Annual statistical returns and brief notes on vaccination in Bengal - 1909-1929
Year: 1909
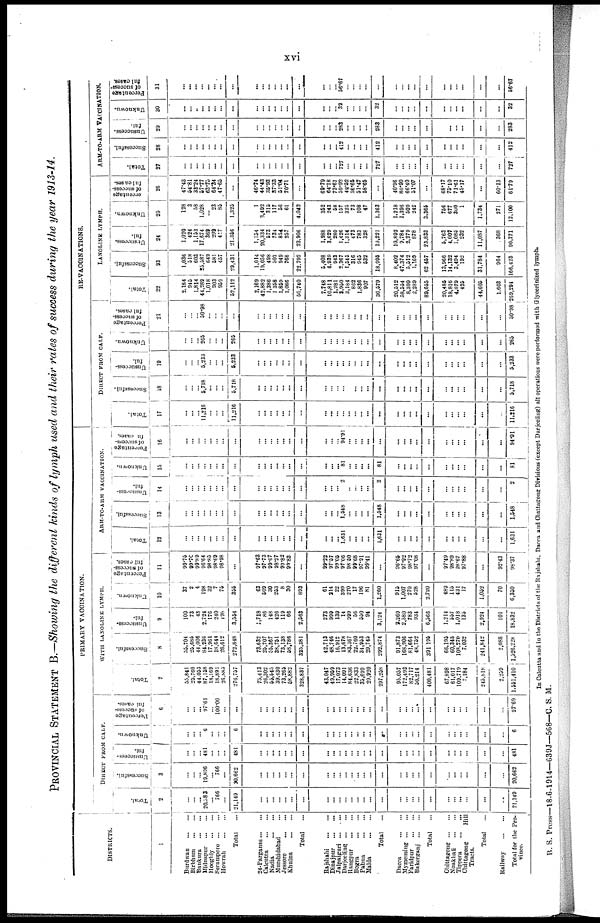
xvi
PROVINCIAL STATEMENT B.—Showing the different kinds of lymph used and their rates of success during the year 1913-14.
DISTRICTS.
1
Burdwan
...
...
Birbhum
...
...
Bankura
...
...
Midnapur
...
...
Hooghly
...
...
Serampore
...
...
Howrah
...
...
Total ...
24-Parganas ... ...
Calcutta
...
...
Nadin
...
...
Murshidabad ...
Jessore
...
...
Khulna
...
...
Total ...
Rajshahi
...
...
Dinajpur ... ...
Jalpaiguri
...
...
Darjeeling
...
...
Rangpur
...
...
Bogra
...
...
Pabna
...
...
Malda
...
...
Total ...
Dacca
...
...
Mymensing ... ...
Faridpur
...
...
Bakerganj
...
...
Total ...
Chittagong
...
...
Noakhali
...
...
Tippera
...
...
Chittagong
Hill
Tracts.
Total ...
Railway
...
...
Total for the Pro-
vince.
PRIMARY VACCINATION.
DIRECT FROM CALF.
Total.
2
...
...
...
20,383
... 766
...
21,140
...
...
...
...
...
...
...
...
...
...
... ...
...
...
...
...
...
...
... ...
...
...
...
...
...
...
...
21,149
Successful.
3
...
... ... 19,896
... 766
...
20,662
...
...
...
...
...
...
...
...
...
...
...
...
...
...
...
...
...
...
...
...
...
...
...
... ...
...
...
20,662
Unsuccess-
ful.
...
... ... 481
...
...
...
481
...
... ...
...
...
...
...
...
...
... ... ...
...
... ...
...
...
...
...
...
...
...
... ...
...
...
...
481
Unknown.
...
... ... 6
... ...
...
6
...
...
...
...
... ...
...
...
...
... ... ...
...
...
...
...
...
...
...
...
...
...
... ...
...
...
...
6
Percentage
of success¬
ful cases.
6
...
... ... 97.61
... 100.00
...
...
...
...
...
... ...
...
...
...
...
...
...
... ... ...
...
...
...
...
...
...
...
...
...
... ...
...
...
97.69
WITH LANOLINE LYMPH.
Total.
7
55,841
25,760
44,053
87,158
18,160
18,891
26,885
276,757
75,413
26,302
55,545
39,430
73,265
58,882
328,837
43,047
49,959
17,073
14,091
84,636
22,833
35,699
29,920
297,258
95,057
172,493
82,717
50,214
400,481
67,898
61,017
109,719
7,184
245,818
2,259
1,551,410
Successful.
8
55,704
25,685
44,006
84,236
17,961
18,644
26,612
272,848
73,632
25,707
55,367
38,751
73,138
58,786
325,381
42,713
48,746
16,912
13,678
83,367
22,760
34,953
29,745
292,874
91,873
168,906
81,664
48,752
391,195
66,195
60,345
108,270
7,032
241,842
2,088
1,526,228
Unsuccess¬
ful.
9
100
73
43
2,724
176
240
198
3,554
1,718
86
148
426
119
66
2,563
273
999
139
14
999
56
550
94
3,124
2,269
2,580
783
934
6,566
1,214
557
1,018
135
2,924
101
18,832
Unknown.
10
37
2
4
198
32
7
75
355
63
509
30
253
8
30
893
61
214
22
399
270
17
196
81
1,260
915
1,007
270
528
2,720
489
115
431
17
1,052
70
6,350
Percentage
of success-
ful cases.
11
99.75
99.70
99.89
96.64
98.85
98.69
98.98
...
97.63
97.73
99.67
98.27
99.82
99.83
...
99.22
97.57
99.05
97.06
98.50
99.68
97.91
99.41
...
96.65
97.92
98.72
97.08
...
97.49
98.89
98.67
97.88
...
92.43
98.37
ARM-TO-ARM VACCINATION.
Total.
12
...
... ...
... ...
...
...
...
...
...
...
...
...
...
...
...
...
...
1,631
...
...
...
...
1,631
...
...
...
...
...
...
... ...
...
...
...
1,631
Successful.
13
...
...
...
... ... ...
...
...
...
...
...
...
...
...
...
...
...
...
1,548
...
... ...
...
1,548
...
...
...
...
...
...
...
...
...
...
...
1,548
Unsuccess-
ful.
14
...
... ... ...
... ... ...
...
...
...
...
...
...
...
...
...
...
... 2
... ...
...
...
2
...
...
...
...
...
...
... ...
...
...
...
2
Unknown.
15
...
...
...
...
... ... ...
...
...
...
...
...
...
...
...
...
...
... 81
... ... ...
...
81
...
...
...
...
...
...
...
...
...
...
...
81
Percentage
of success¬
ful cases.
16
...
... ...
...
... ... ...
...
...
...
... ...
... ...
...
...
...
... 94.91
...
...
...
...
...
...
...
...
...
...
...
... ... ...
...
...
94.91
RE-VACCINATIONS.
DIRECT FROM CALF.
Total.
17
...
...
... 11,216
... ... ...
11,216
...
...
...
... ...
...
...
...
...
...
... ...
...
...
...
...
...
...
...
...
...
...
...
...
...
...
...
11,216
Successful.
18
...
... ... 5,718
...
...
...
5,718
...
... ... ...
...
...
...
...
...
... ...
... ...
... ...
...
...
...
...
...
...
...
...
... ...
...
...
5,718
Unsuccess-
ful.
19
...
... ...
5,233
...
... ...
5,233
...
...
... ...
...
...
...
...
...
...
...
...
...
... ...
...
...
...
...
...
...
...
...
...
...
...
...
5,233
Unknown.
...
...
...
265
...
... ...
265
...
...
...
...
...
...
...
...
...
...
... ...
... ... ...
...
...
...
...
...
...
...
...
...
...
...
...
265
Percentage
of success-
ful cases.
21
...
... ... 50.98
...
...
...
...
...
...
...
...
...
...
...
...
...
...
... ...
... ...
...
...
...
...
... ...
...
...
...
... ...
...
...
50.98
LANOLINE LYMPH.
Total.
22
2,184
945
1,814
44,289
1,018
903
959
52,112
2,169
42,882
1,386
1,358
1,859
1,086
50,740
7,748
10,811
1,281
3,950
3,184
862
1,836
907
30,579
20,512
58,554
8,300
2,289
89,655
20,485
18,816
4,879
425
44,605
1,603
269,294
Successful.
23
1,036
518
603
25,587
649
581
457
29,431
1,014
19,056
498
507
949
768
22,792
5,408
6,939
943
2,367
1,545
316
945
532
18,995
8,402
47,374
5,512
1,169
62,457
13,966
14,132
3,494
192
31,784
964
166,423
Unsuccess¬
ful.
24
1,020
424
1,153
17,674
369
299
417
21,356
1,154
20,334
573
734
854
257
23,906
1,988
3,629
280
1,426
1,314
473
783
328
10,221
10,892
9,784
2,279
878
23,833
5,763
4,007
1,085
232
11,087
368
90,771
Unknown.
25
128
3
58
1,028
... 23
85
1,325
1
3,492
315
117
56
61
4,042
352
243
58
157
325
73
108
47
1,363
1,218
1,396
509
242
3,365
756
677
300
1
1,734
271
12,100
Percentage
of success-
ful cases.
26
47.43
54.81
33.24
57.77
63.75
64.34
47.65
...
46.74
44.43
35.93
37.33
51.04
70.71
...
69.79
64.18
73.61
59.02
48.52
36.65
51.47
58.65
...
40.96
80.90
66.40
51.07
...
68.17
75.10
71.61
45.17
...
60.13
61.79
ARM-TO-ARM VACCINATION.
Total.
27
...
...
...
...
...
... ...
...
...
...
...
...
...
...
...
...
...
...
727
...
... ... ...
727
...
...
...
...
...
...
...
...
...
...
...
727
Successful.
28
...
... ...
...
... ...
...
...
...
...
...
...
...
...
...
...
...
...
412
... ...
...
...
412
...
...
...
...
...
...
...
...
...
...
...
412
Unsuccess¬
ful.
29
...
...
...
...
...
...
...
...
...
...
...
...
...
...
...
...
...
...
283
...
...
...
...
283
...
...
...
...
...
...
...
...
...
...
...
283
Unknown.
30
...
... ... ...
...
...
...
...
...
...
...
...
...
...
...
...
...
... 32
...
... ...
...
32
...
...
...
...
...
...
... ... ...
...
...
32
Percentage
of success¬
ful cases.
31
...
...
...
...
...
...
...
...
...
...
...
...
...
...
...
...
... ...
56.67
... ... ...
...
...
...
... ...
...
...
...
...
... ...
...
...
56.67
In Calcutta and in the Districts of the Rajshahi, Dacca and Chittagong Divisions (except Darjeeling) all operations were performed with Glycerinized lymph.
B. S. Press—18-6-1914—639J— 568—C. S. M.